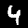
Label: 4